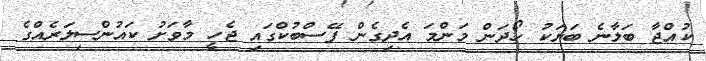
ކުއްޖާ ބަލާނެ ބަޔަކު ހޯދަން މަންމަ އެދިގެން ފޭސްބުކްގައި ޖެހީ މާވަށު ކައުންސިލަރެއްގެ